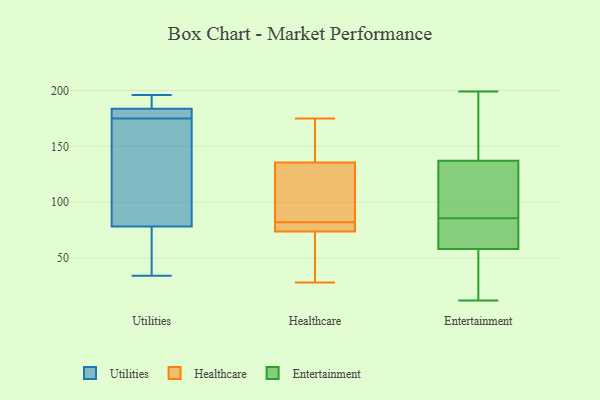
{"axis": {"x": "Inventory Turnover", "y": "Value"}, "legend": ["Entertainment", "Healthcare", "Utilities"], "data": [{"x": "", "y": 175, "type": "Utilities"}, {"x": "", "y": 186, "type": "Utilities"}, {"x": "", "y": 159, "type": "Utilities"}, {"x": "", "y": 36, "type": "Utilities"}, {"x": "", "y": 34, "type": "Utilities"}, {"x": "", "y": 177, "type": "Utilities"}, {"x": "", "y": 60, "type": "Utilities"}, {"x": "", "y": 194, "type": "Utilities"}, {"x": "", "y": 175, "type": "Utilities"}, {"x": "", "y": 196, "type": "Utilities"}, {"x": "", "y": 133, "type": "Utilities"}, {"x": "", "y": 33, "type": "Healthcare"}, {"x": "", "y": 132, "type": "Healthcare"}, {"x": "", "y": 82, "type": "Healthcare"}, {"x": "", "y": 81, "type": "Healthcare"}, {"x": "", "y": 81, "type": "Healthcare"}, {"x": "", "y": 113, "type": "Healthcare"}, {"x": "", "y": 103, "type": "Healthcare"}, {"x": "", "y": 28, "type": "Healthcare"}, {"x": "", "y": 82, "type": "Healthcare"}, {"x": "", "y": 52, "type": "Healthcare"}, {"x": "", "y": 156, "type": "Healthcare"}, {"x": "", "y": 146, "type": "Healthcare"}, {"x": "", "y": 175, "type": "Healthcare"}, {"x": "", "y": 117, "type": "Entertainment"}, {"x": "", "y": 90, "type": "Entertainment"}, {"x": "", "y": 174, "type": "Entertainment"}, {"x": "", "y": 26, "type": "Entertainment"}, {"x": "", "y": 128, "type": "Entertainment"}, {"x": "", "y": 199, "type": "Entertainment"}, {"x": "", "y": 82, "type": "Entertainment"}, {"x": "", "y": 67, "type": "Entertainment"}, {"x": "", "y": 89, "type": "Entertainment"}, {"x": "", "y": 78, "type": "Entertainment"}, {"x": "", "y": 162, "type": "Entertainment"}, {"x": "", "y": 80, "type": "Entertainment"}, {"x": "", "y": 21, "type": "Entertainment"}, {"x": "", "y": 146, "type": "Entertainment"}, {"x": "", "y": 120, "type": "Entertainment"}, {"x": "", "y": 12, "type": "Entertainment"}, {"x": "", "y": 24, "type": "Entertainment"}, {"x": "", "y": 63, "type": "Entertainment"}, {"x": "", "y": 180, "type": "Entertainment"}, {"x": "", "y": 53, "type": "Entertainment"}]}